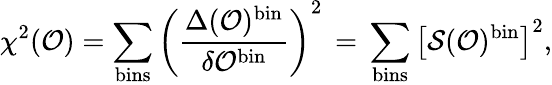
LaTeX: \chi^{2}({\cal O})=\sum_{\mathrm{bins}}\left(\frac{\Delta({\cal O})^{\mathrm{bin}}}{\delta{\cal O}^{\mathrm{bin}}}\right)^{2}\, =\, \sum_{\mathrm{bins}}\left[{\cal S}({\cal O})^{\mathrm{bin}}\right]^{2},